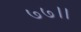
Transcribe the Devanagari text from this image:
७७।।